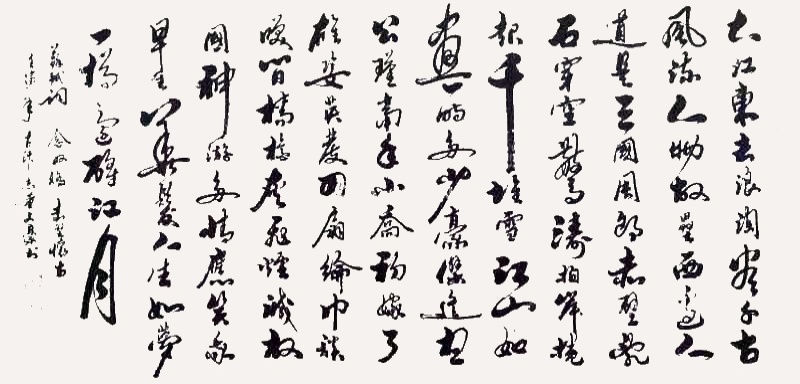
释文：大江东去，浪淘尽，千古风流人物。故垒西边，人道是，三国周郎赤壁。乱石穿空，惊涛拍岸，卷起千堆雪。江山如画，一时多少豪杰。遥想公瑾当年，小乔初嫁了，雄姿英发。羽扇纶巾，谈笑间，樯橹灰飞烟灭。故国神游，多情应笑我，早生华发。人生如梦，一尊还酹江月。董文豪